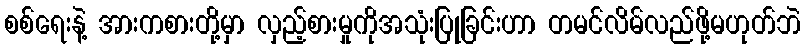
စစ်ရေးနဲ့ အားကစားတို့မှာ လှည့်စားမှုကိုအသုံးပြုခြင်းဟာ တမင်လိမ်လည်ဖို့မဟုတ်ဘဲ